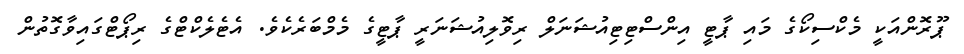
ޕޫރޮންއަކީ މެކްސިކޯގެ މައި ޕާޓީ އިންސްޓިޓިއުޝަނަލް ރިވޮލިއުޝަނަރީ ޕާޓީގެ މެމްބަރެކެވެ. އެޓެލެކްޓްގެ ރިޕޯޓްގައިވާގޮތުން